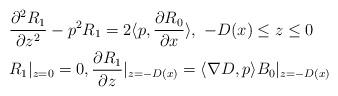
LaTeX: \begin{align*}\begin{aligned}&\frac{\partial^2R_1}{\partial z^2}-p^2R_1=2\langle p,\frac{\partial R_0}{\partial x}\rangle, \ -D(x)\leq z\leq0\cr&R_1|_{z=0}=0,\frac{\partial R_1}{\partial z}|_{z=-D(x)}=\langle\nabla D,p\rangle B_0|_{z=-D(x)}\cr\end{aligned}\end{align*}